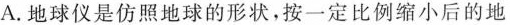
A.地球仪是仿照地球的形状，按一定比例缩小后的地